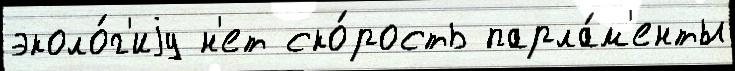
эколо́г'иjу н'ет ско́рость парла́м'енты